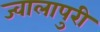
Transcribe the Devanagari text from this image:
ज्वालापुरी